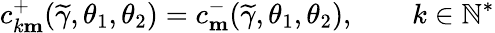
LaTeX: c_{k\mathbf{m}}^{+}(\widetilde{\gamma},\theta_{1},\theta_{2})=c_{\mathbf{m}}^{-}(\widetilde{\gamma},\theta_{1},\theta_{2}),\qquad k\in\mathbb{N}^{*}